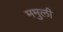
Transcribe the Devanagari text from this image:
ममुली